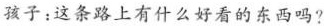
孩子：这条路上有什么好看的东西吗?